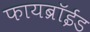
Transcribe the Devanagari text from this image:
फायब्रॉईड